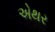
એથર